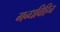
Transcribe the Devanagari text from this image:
गन्धविहिन